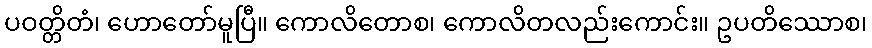
ပဝတ္တိတံ၊ ဟောတော်မူပြီ။ ကောလိတောစ၊ ကောလိတလည်းကောင်း။ ဥပတိဿောစ၊